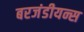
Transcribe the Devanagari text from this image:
बरजंडीयन्स